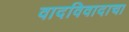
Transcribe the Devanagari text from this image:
वादविवादाचा